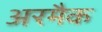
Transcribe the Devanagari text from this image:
अरमैक